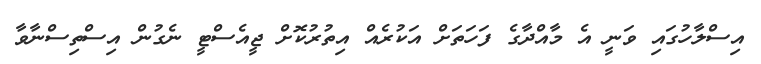
އިސްލާހުގައި ވަނީ އެ މާއްދާގެ ފަހަތަށް އަކުރެއް އިތުރުކޮށް ޖީއެސްޓީ ނެގުން އިސްތިސްނާވާ